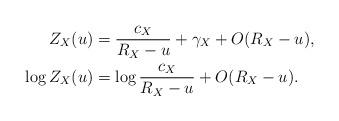
LaTeX: \begin{align*}Z_{X}(u) &= \dfrac{c_{X}}{R_{X}-u}+ \gamma_{X}+ O(R_{X}-u), \\\log Z_{X}(u) &= \log \dfrac{c_{X}}{R_{X}-u}+ O(R_{X}-u). \end{align*}